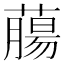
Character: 𦼳